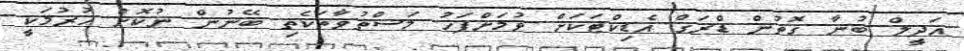
އަދީލް ބުނާ ގޮތުން ޑްރަގް އެޑިކްޓަކަށް ވުމަށްފަހު މަސްތުވާތަކެތި ބޭނުން ނުކޮށް ހުރުމަކީ